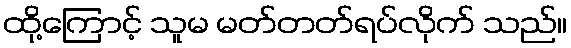
ထို့ကြောင့် သူမ မတ်တတ်ရပ်လိုက် သည်။